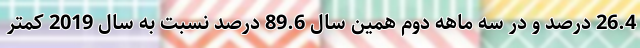
26.4 درصد و در سه ماهه دوم همین سال 89.6 درصد نسبت به سال 2019 کمتر